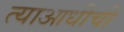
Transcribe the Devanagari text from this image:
त्याआधीची